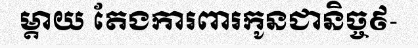
ម្តាយ តែងការពារកូនជានិច្ច៩-